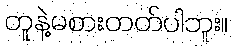
တူနဲ့မစားတတ်ပါဘူး။